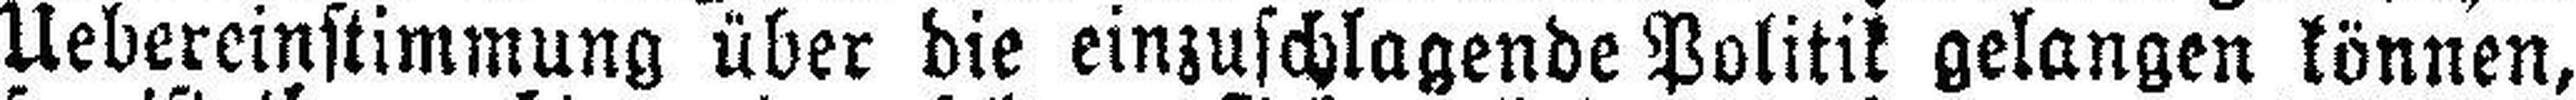
Uebereinstimmung über die einzuschlagende Politik gelangen können,